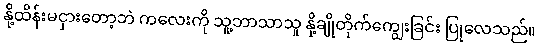
နို့ထိန်းမငှားတော့ဘဲ ကလေးကို သူ့ဘာသာသူ နို့ချိုတိုက်ကျွေးခြင်း ပြုလေသည်။